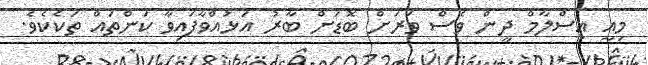
މިއީ އިސްލާމް ދީން ވެސް ވަރަށް ބޮޑަށް ބާރު އަޅުއްވާފައިވާ ކަންތައް ތަކެކެވެ.